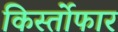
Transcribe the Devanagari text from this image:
किर्स्तोफार